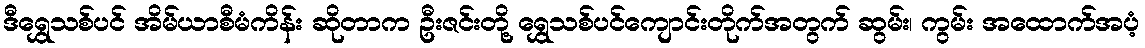
ဒီရွှေသစ်ပင် အိမ်ယာစီမံကိန်း ဆိုတာက ဦးဇင်းတို့ ရွှေသစ်ပင်ကျောင်းတိုက်အတွက် ဆွမ်း၊ ကွမ်း အထောက်အပံ့